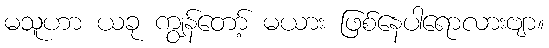
မသူဟာ ယခု ကျွန်တော့် မယား ဖြစ်နေပါရောလားဗျာ။